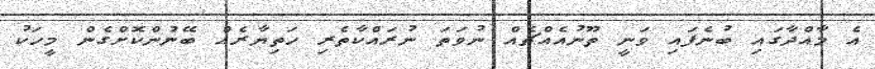
އެ މާއްދާގައި ބުނެފައި ވަނީ ތޫނުއެއްޗެއް ނުވަތަ ނުރައްކާތެރި ހަތިޔާރެއް ބޭނުންކޮށްގެން މީހަކު